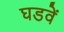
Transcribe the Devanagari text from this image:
घडवें